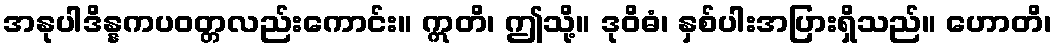
အနုပါဒိန္နကပဝတ္တလည်းကောင်း။ ဣတိ၊ ဤသို့။ ဒုဝိဓံ၊ နှစ်ပါးအပြားရှိသည်။ ဟောတိ၊